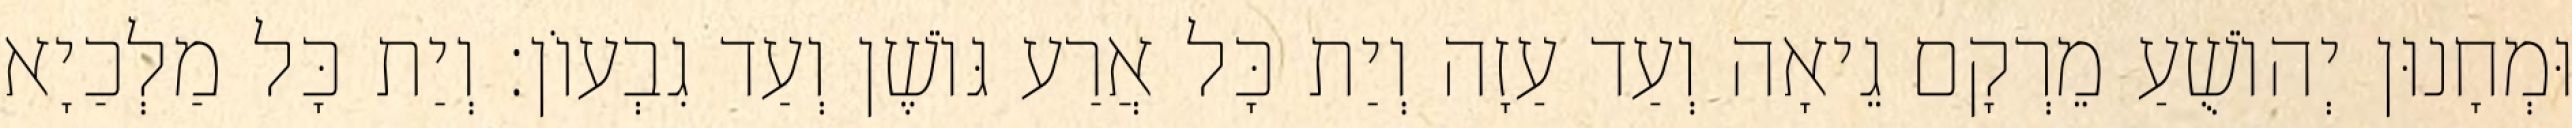
וּמְחָנוּן יְהוֹשֻׁעַ מֵרְקָם גֵיאָה וְעַד עַזָה וְיַת כָּל אֲרַע גּוֹשֶׁן וְעַד גִבְעוֹן׃ וְיַת כָּל מַלְכַיָא